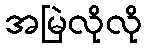
အမြဲလိုလို